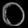
Digit: ၀